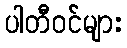
ပါတီဝင်များ